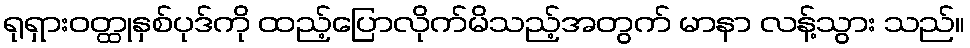
ရုရှားဝတ္ထုနှစ်ပုဒ်ကို ထည့်ပြောလိုက်မိသည့်အတွက် မာနာ လန့်သွား သည်။